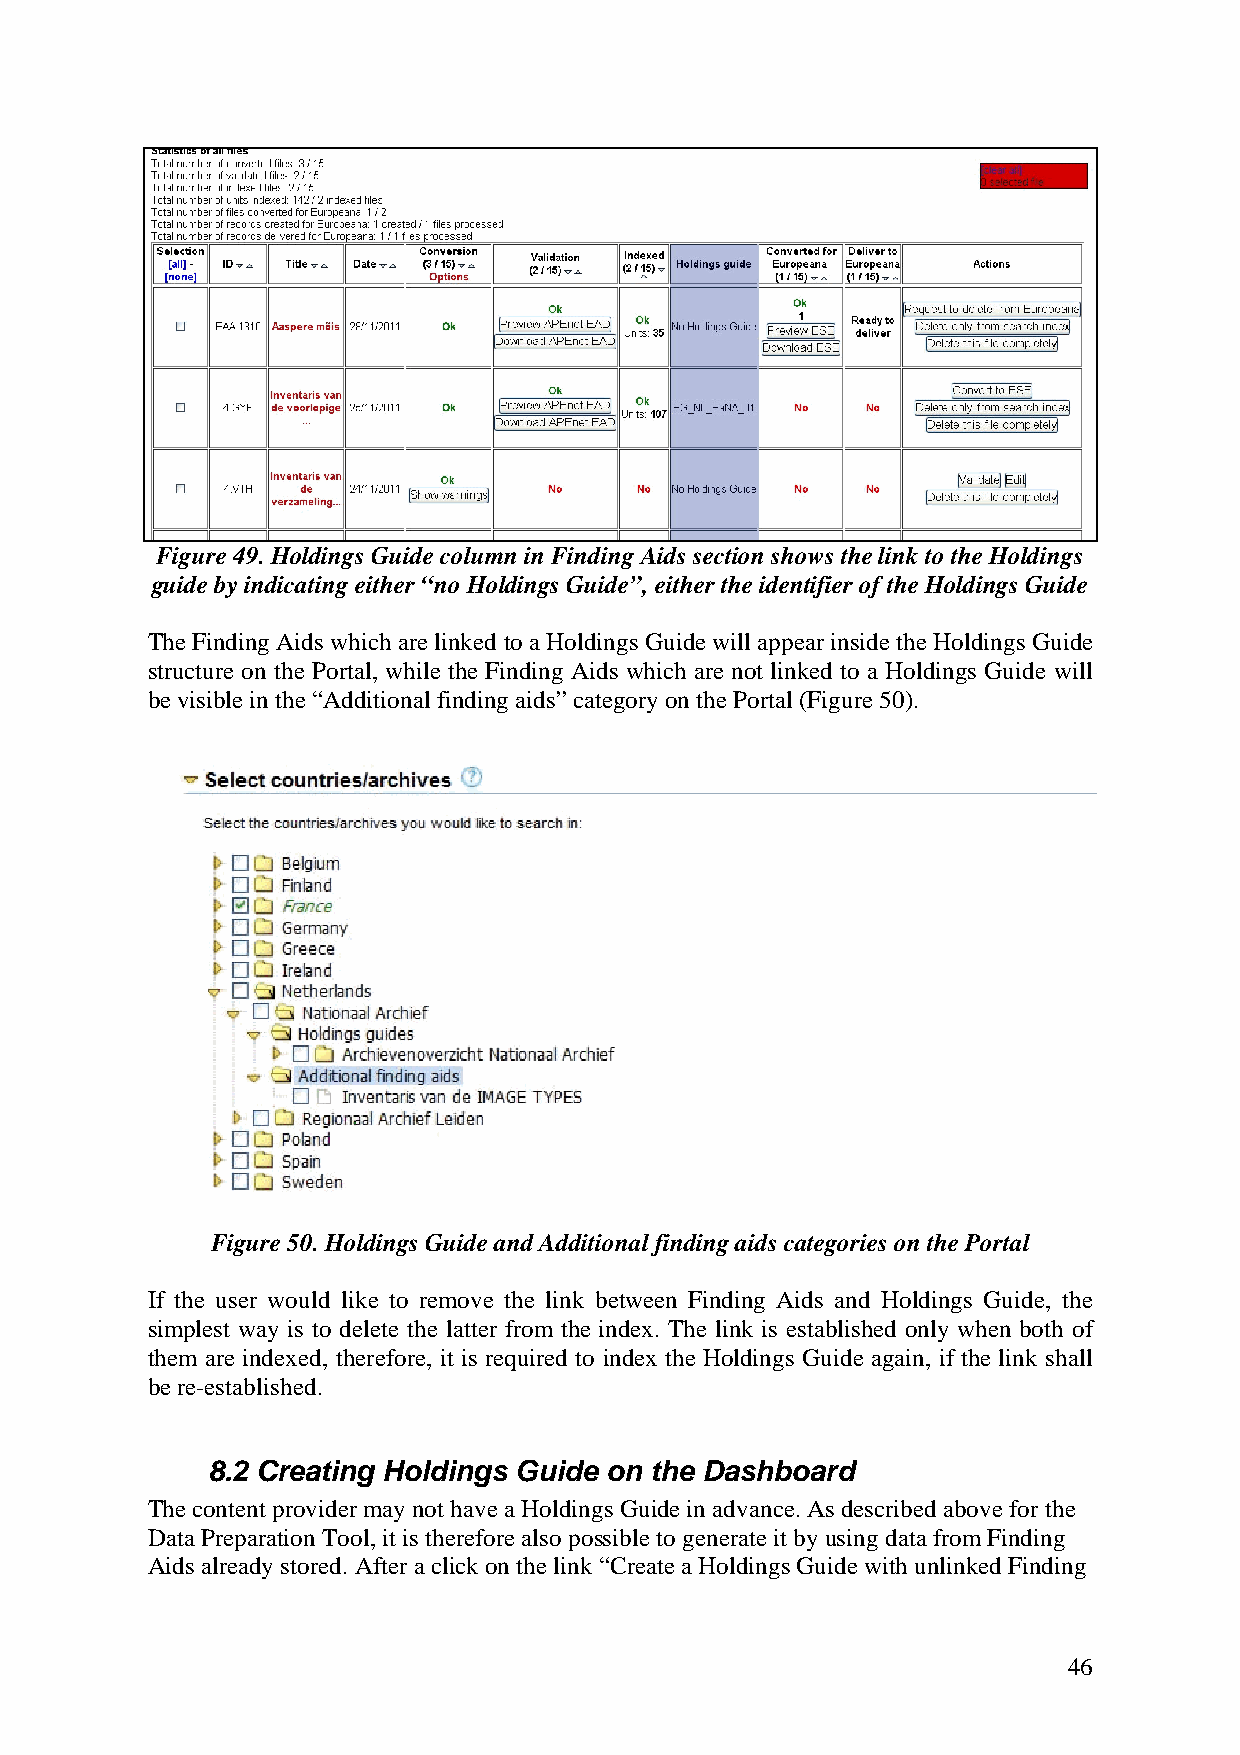
Figure 49. Holdings Guide column in Finding Aids section shows the link to the Holdings
 guide by indicating either “no Holdings Guide”, either the identifier of the Holdings Guide
 The Finding Aids which are linked to a Holdings Guide will appear inside the Holdings Guide
 structure on the Portal, while the Finding Aids which are not linked to a Holdings Guide will
 be visible in the “Additional finding aids” category on the Portal (Figure 50).
 Figure 50. Holdings Guide and Additional finding aids categories on the Portal
 If the user would like to remove the link between Finding Aids and Holdings Guide, the
 simplest way is to delete the latter from the index. The link is established only when both of
 them are indexed, therefore, it is required to index the Holdings Guide again, if the link shall
 be re-established.
 8.2 Creating Holdings Guide on the Dashboard
 The content provider may not have a Holdings Guide in advance. As described above for the
 Data Preparation Tool, it is therefore also possible to generate it by using data from Finding
 Aids already stored. After a click on the link “Create a Holdings Guide with unlinked Finding
 46